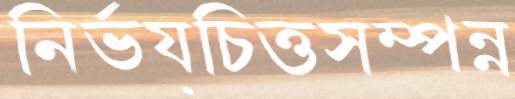
নির্ভয়চিত্তসম্পন্ন